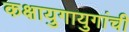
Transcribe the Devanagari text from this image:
कक्षायुगायुगांची